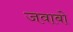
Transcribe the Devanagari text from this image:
जवाबो